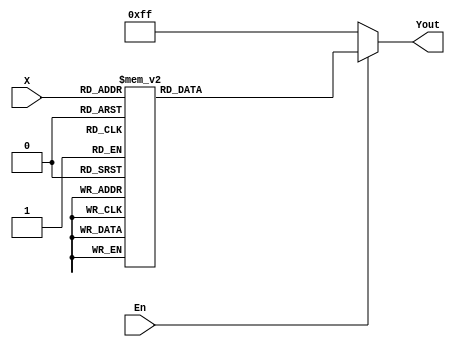
`timescale 1ns / 1ps
//////////////////////////////////////////////////////////////////////////////////
// Company: 
// Engineer: 
// 
// Design Name: 
// Module Name: decoder_3_8
// Project Name: 
// Target Devices: 
// Tool Versions: 
// Description: 
// 
// Dependencies: 
// 
// Revision:
// Revision 0.01 - File Created
// Additional Comments:
// 
//////////////////////////////////////////////////////////////////////////////////


module decoder_3_8(X,En,Yout);                           
    input [2:0] X;                                       
    input En;                                            
    output reg [7:0] Yout=0;                               
                                                         
    always @(X or En)                                    
    begin                                                
        if (!En)                                         
            Yout = 8'b11111111;                          
        else                                             
            case (X)                                     
                3'b000: Yout <= 8'b11111110;             
                3'b001: Yout <= 8'b11111101;             
                3'b010: Yout <= 8'b11111011;             
                3'b011: Yout <= 8'b11110111;             
                3'b100: Yout <= 8'b11101111;             
                3'b101: Yout <= 8'b11011111;             
                3'b110: Yout <= 8'b10111111;             
                3'b111: Yout <= 8'b01111111;             
                default:Yout <= 8'b11111111;             
            endcase                                      
    end                                                  
endmodule